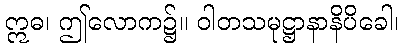
ဣဓ၊ ဤလောက၌။ ဝါတသမုဋ္ဌာနာနိပိခေါ၊